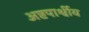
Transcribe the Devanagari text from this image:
अष्टपार्श्वीय